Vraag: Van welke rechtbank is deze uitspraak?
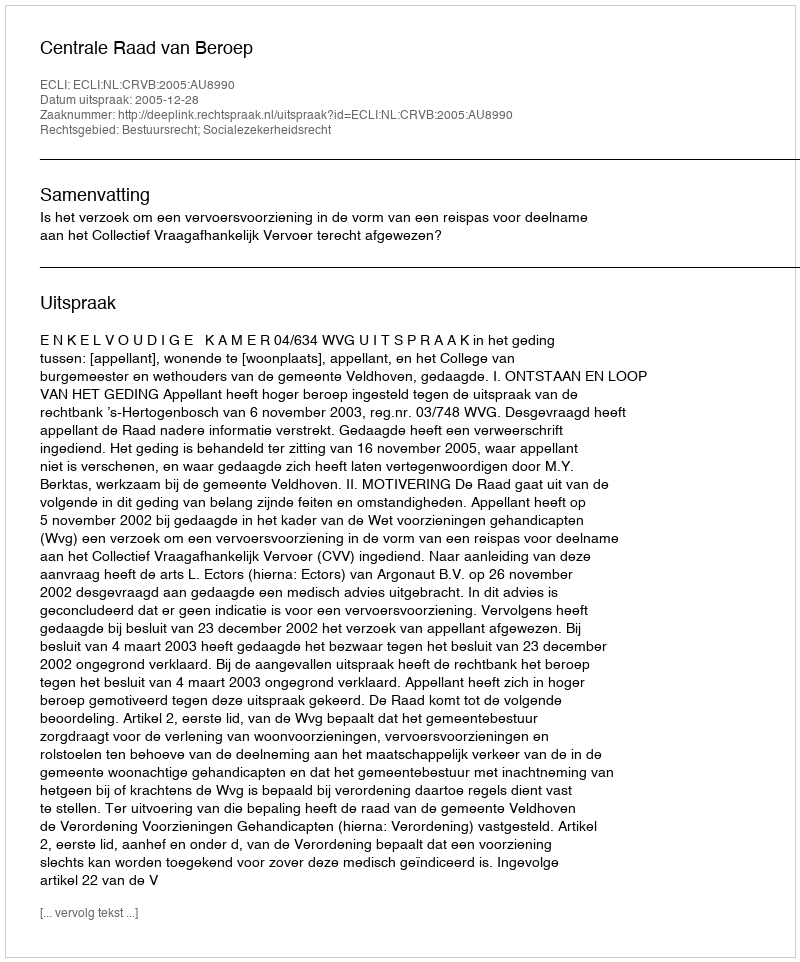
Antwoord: Centrale Raad van Beroep